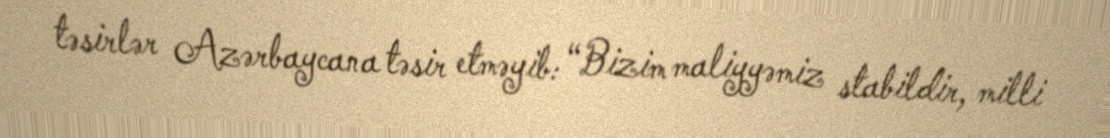
təsirlər Azərbaycana təsir etməyib: “Bizim maliyyəmiz stabildir, milli